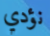
نؤدي